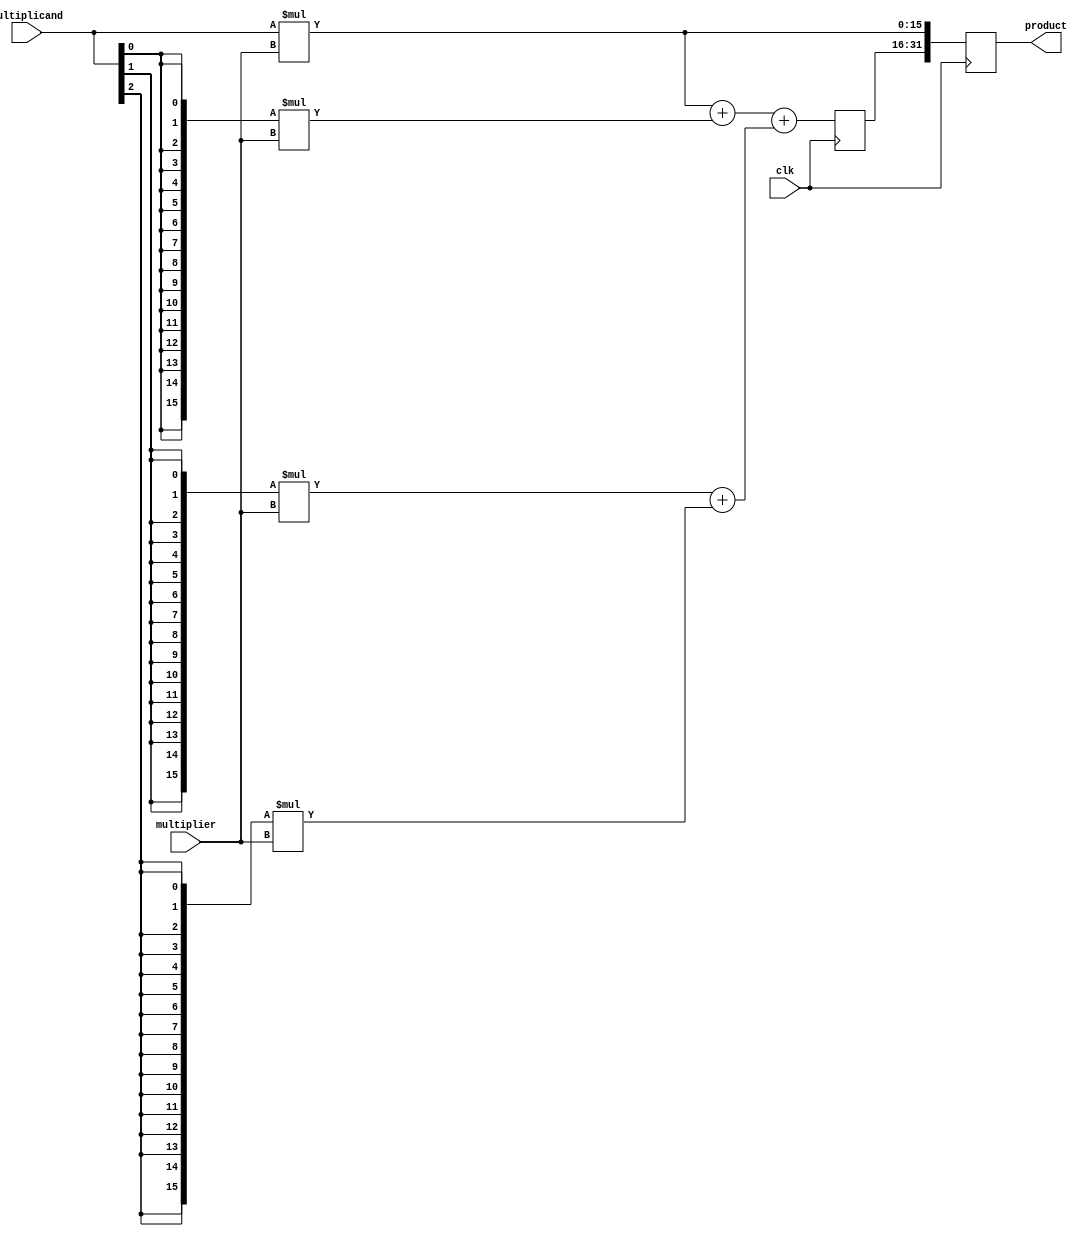
module wallace_tree_multiplier (
  input wire clk,
  input wire [15:0] multiplicand,
  input wire [15:0] multiplier,
  output reg [31:0] product
);

reg [15:0] partial_products [3:0];

// generate partial products
assign partial_products[0] = multiplicand * multiplier;
assign partial_products[1] = {16{multiplicand[0]}} * multiplier;
assign partial_products[2] = {16{multiplicand[1]}} * multiplier;
assign partial_products[3] = {16{multiplicand[2]}} * multiplier;

// Wallace tree adders
reg [15:0] sum1, sum2, sum3;

always @ (posedge clk) begin
  sum1 = partial_products[0] + partial_products[1];
  sum2 = partial_products[2] + partial_products[3];
  sum3 = sum1 + sum2;
end

// final product output
always @ (posedge clk) begin
  product <= {sum3, partial_products[0][15:0]};
end

endmodule